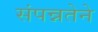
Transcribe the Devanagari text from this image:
संपन्नतेने